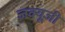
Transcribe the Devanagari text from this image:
जक्यूज़ी